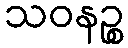
သဝနဉ္စ